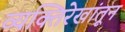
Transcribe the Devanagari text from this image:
व्यक्तिरेखांतून